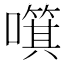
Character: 𱕍